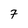
Character: 7